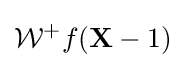
{\cal {W^{+}}}{f({\bf {X}}-1)}